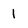
Character: l